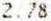
2.78